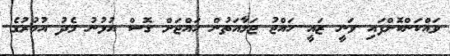
ވައްކަންކޮށްފައި ވަނީ ޒައީ ހައްޖު ޖަމާއަތުން ހައްޖަށް ގޮސް އުޅުނު މެދު އުމުރުގެ